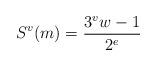
LaTeX: \begin{align*}S^{v}(m) = \frac{3^{v} w -1}{2^e}\end{align*}